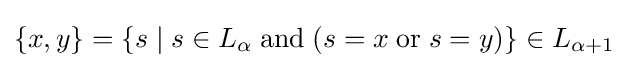
\{x,y\}=\{s\mid s\in L_{\alpha }\;\mathrm {and} \;(s=x\;\mathrm {or} \;s=y)\}\in L_{\alpha +1}